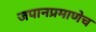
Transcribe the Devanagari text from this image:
जपानप्रमाणेच